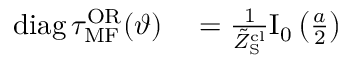
\begin{array} { r l } { \mathrm { d i a g } \, \tau _ { \mathrm { M F } } ^ { \mathrm { O R } } ( \vartheta ) } & { { } = \frac { 1 } { \tilde { Z } _ { \mathrm { S } } ^ { \mathrm { c l } } } \mathrm { I } _ { 0 } \left( \frac { a } { 2 } \right) } \end{array}